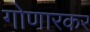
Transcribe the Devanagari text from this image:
गोणारकर